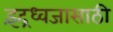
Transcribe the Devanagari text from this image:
इंद्रध्वजासाठी